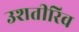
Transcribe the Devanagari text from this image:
उशतीरिव